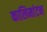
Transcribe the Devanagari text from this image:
कालिमांटन